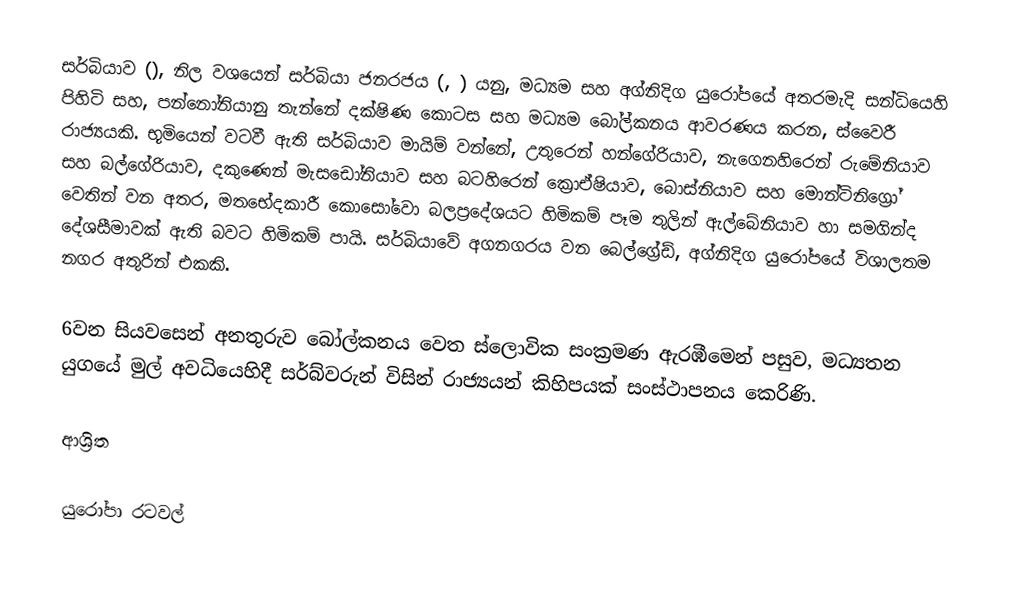
සර්බියාව (), නිල වශයෙන් සර්බියා ජනරජය (, ) යනු, මධ්‍යම සහ  අග්නිදිග යුරෝපයේ අතරමැදි සන්ධියෙහි පිහිටි සහ,  පන්නෝනියානු තැන්නේ දක්ෂිණ කොටස සහ මධ්‍යම බෝල්කනය ආවරණය කරන,  ස්වෛරී රාජ්‍යයකි. භූමියෙන් වටවී ඇති සර්බියාව මායිම් වන්නේ, උතුරෙන් හන්ගේරියාව,  නැගෙනහිරෙන් රුමේනියාව සහ බල්ගේරියාව,  දකුණෙන් මැසඩෝනියාව සහ බටහිරෙන්  ක්‍රොඒෂියාව, බොස්නියාව සහ මොන්ටිනිග්‍රෝ වෙතින් වන අතර, මතභේදකාරී කොසෝවො බලප්‍රදේශයට හිමිකම් පෑම තුලින් ඇල්බේනියාව හා සමගින්ද දේශසීමාවක් ඇති බවට හිමිකම් පායි. සර්බියාවේ අගනගරය වන බෙල්ග්‍රේඩ්, අග්නිදිග යුරෝපයේ විශාලතම නගර අතුරින් එකකි.

6වන සියවසෙන් අනතුරුව බෝල්කනය වෙත ස්ලොවික සංක්‍රමණ ඇරඹීමෙන් පසුව, මධ්‍යතන යුගයේ මුල් අවධියෙහිදී සර්බ්වරුන් විසින්  රාජ්‍යයන් කිහිපයක් සංස්ථාපනය කෙරිණි.

ආශ්‍රිත

යුරෝපා රටවල්